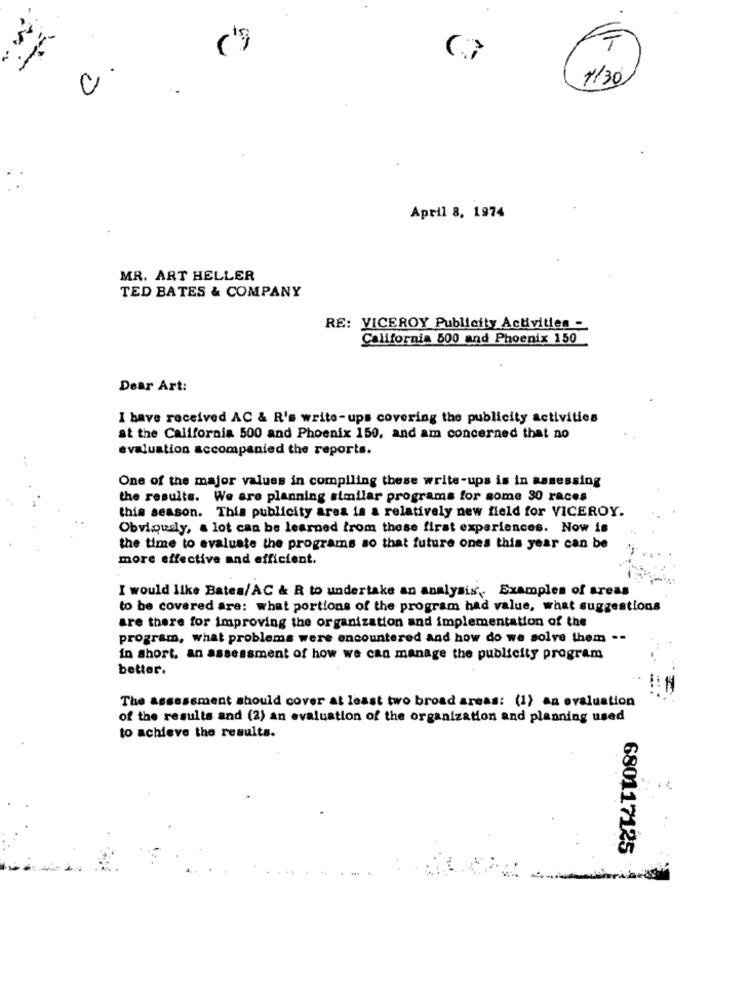
T
0
1/30
April 8, 1974
MR. ART HELLER
TED BATES & COMPANY
RE: VICEROY Publicity Activities -
California 500 and Phoenix 150
Dear Art:
I have received AC & R's write-ups covering the publicity activities
at the California 500 and Phoenix 150, and am concerned that no
evaluation accompanied the reports.
One of the major values in compiling these write-ups is in assessing
the results. We are planning similar programs for some 30 races
this season. This publicity area is a relatively new field for VICEROY.
Obviously, a lot can be learned from these first experiences. Now is
the time to evaluate the programs so that future ones this year can be
more effective and efficient.
I would like Bates/AC & R to undertake an analysis. Examples of areas
to be covered are: what portions of the program had value, what suggestions
are there for improving the organization and implementation of the
program, what problems were encountered and how do we solve them --
in short, an assessment of how we can manage the publicity program
better.
The assessment should cover at least two broad areas: (1) an evaluation
of the results and (2) an evaluation of the organization and planning used
to achieve the results.
680117125